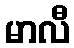
မာလီ